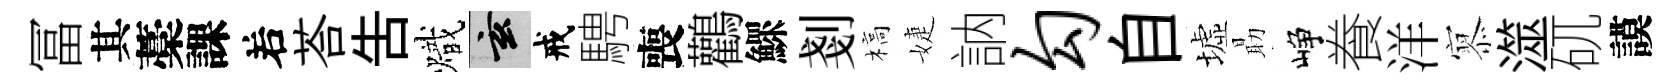
冨其藁課𠰥荅告熾玄戒騁喪鸛鰥剗槁婕訥勾自墟朂峥飬洋𡪹澨矹謨